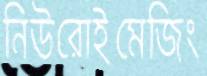
নিউরোইমেজিং